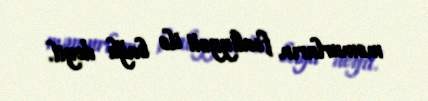
məmurların fəaliyyəti ilə bağlı deyil.